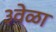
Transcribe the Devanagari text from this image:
३वेळा